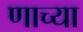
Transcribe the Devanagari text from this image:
णाच्या